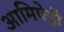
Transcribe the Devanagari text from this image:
आमिषेही